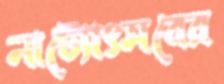
নাট্যোৎসবের